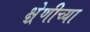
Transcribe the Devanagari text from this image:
क्ष्रेणीच्या